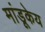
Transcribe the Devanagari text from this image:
मांडूकेय